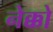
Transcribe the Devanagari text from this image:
नेक्को